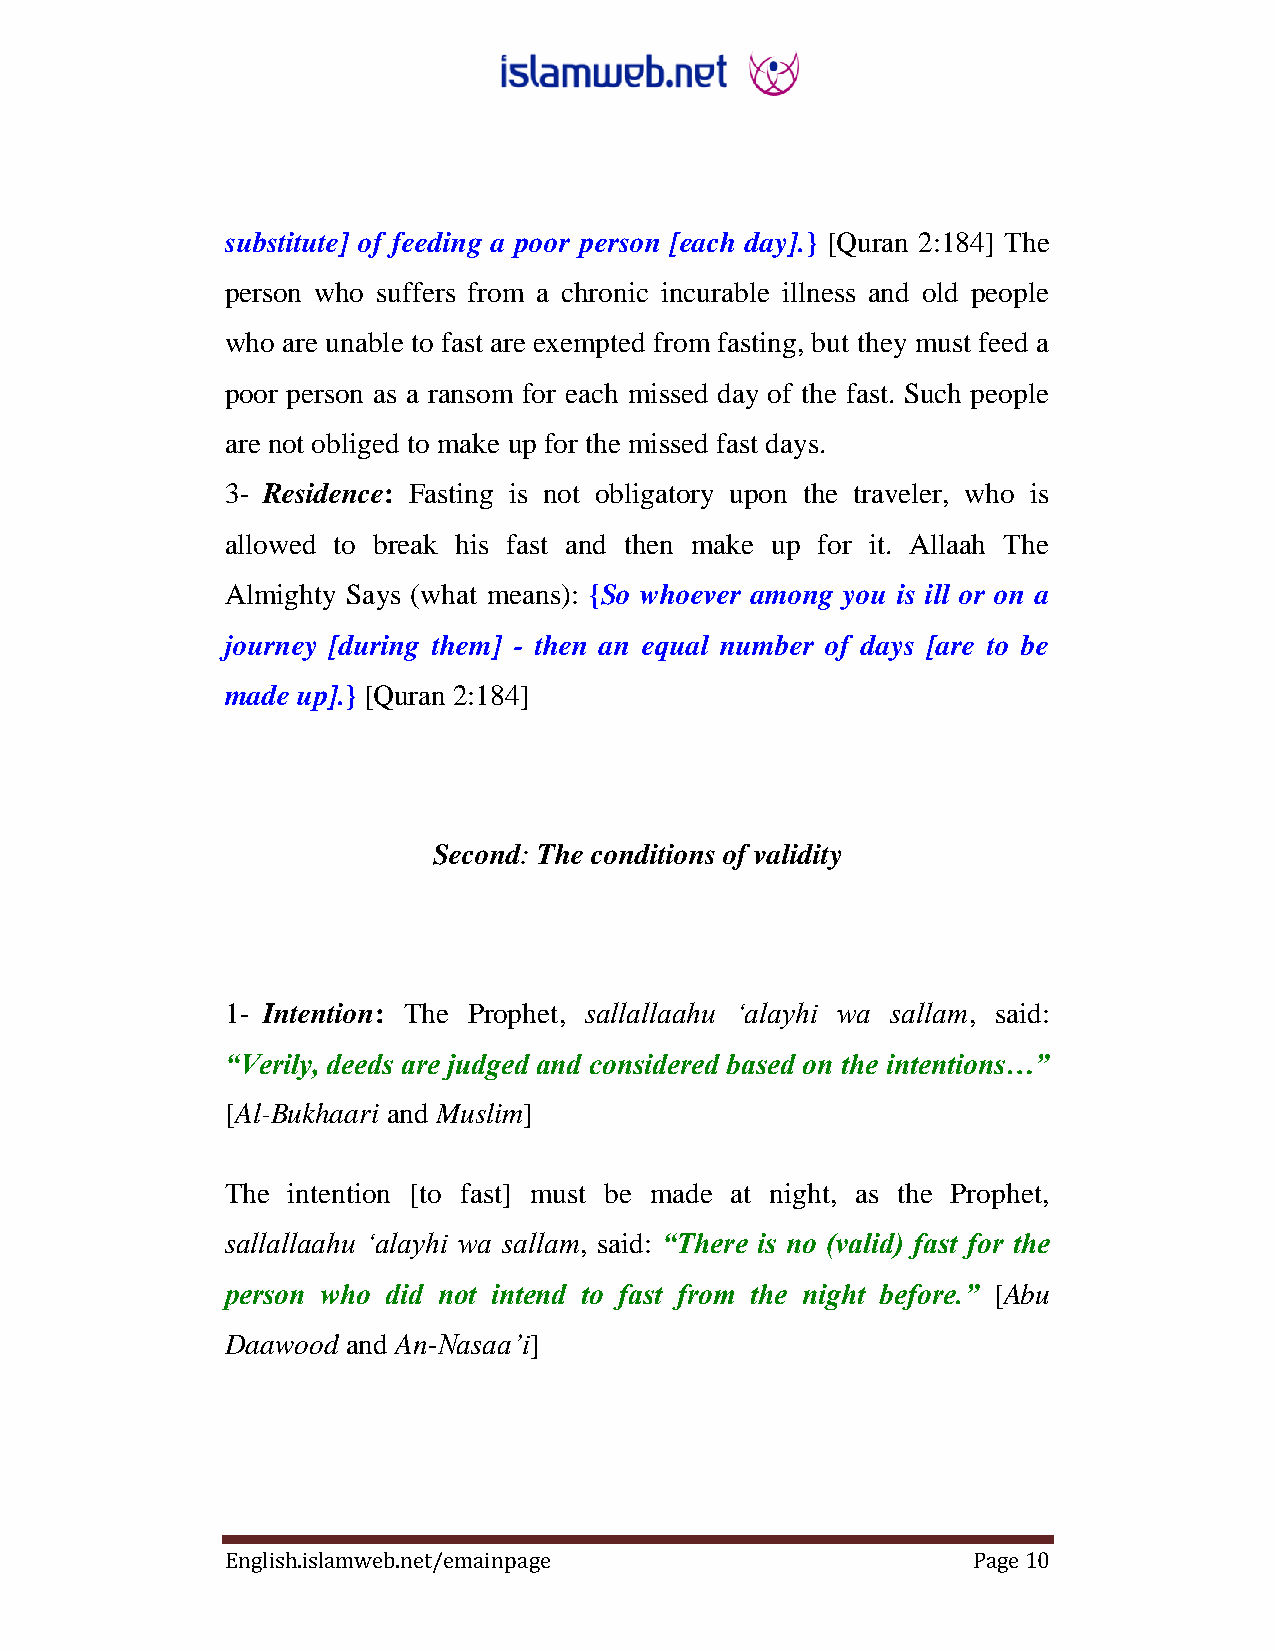
substitute] of feeding a poor person [each day].} [Quran 2:184] The
 person who suffers from a chronic incurable illness and old people
 who are unable to fast are exempted from fasting, but they must feed a
 poor person as a ransom for each missed day of the fast. Such people
 are not obliged to make up for the missed fast days.
 3- Residence: Fasting is not obligatory upon the traveler, who is
 allowed to break his fast and then make up for it. Allaah The
 Almighty Says (what means): {So whoever among you is ill or on a
 journey [during them] - then an equal number of days [are to be
 made up].} [Quran 2:184]
 Second: The conditions of validity
 1- Intention: The Prophet, sallallaahu „alayhi wa sallam, said:
 “Verily, deeds are judged and considered based on the intentions…”
 [Al-Bukhaari and Muslim]
 The intention [to fast] must be made at night, as the Prophet,
 sallallaahu „alayhi wa sallam, said: “There is no (valid) fast for the
 person who did not intend to fast from the night before.” [Abu
 Daawood and An-Nasaa‟i]
 English.islamweb.net/emainpage                   Page 10